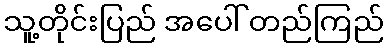
သူ့တိုင်းပြည် အပေါ် တည်ကြည်